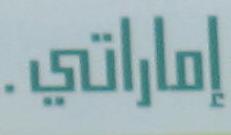
إماراتي